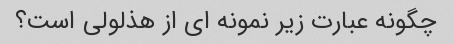
چگونه عبارت زیر نمونه ای از هذلولی است؟